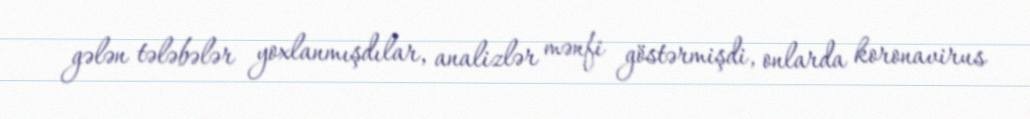
gələn tələbələr yoxlanmışdılar, analizlər mənfi göstərmişdi, onlarda koronavirus